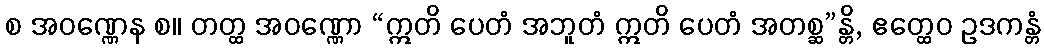
စ အဝဏ္ဏေန စ။ တတ္ထ အဝဏ္ဏော “ဣတိ ပေတံ အဘူတံ ဣတိ ပေတံ အတစ္ဆ”န္တိ, ဧတ္ထေဝ ဥဒကန္တံ